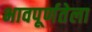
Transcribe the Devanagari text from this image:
भावपूर्णतेला